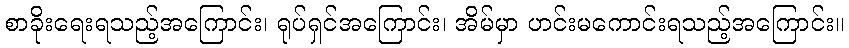
စာခိုးရေးရသည့်အကြောင်း၊ ရုပ်ရှင်အကြောင်း၊ အိမ်မှာ ဟင်းမကောင်းရသည့်အကြောင်း။